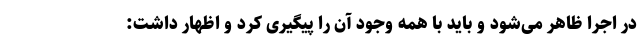
در اجرا ظاهر می‌شود و باید با همه وجود آن را پیگیری کرد و اظهار داشت: